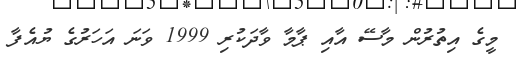
މީގެ އިތުރުން މާސޭ އާއި ޕާމާ ވާދަކުރި 1999 ވަނަ އަހަރުގެ ޔުއެފާ